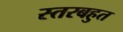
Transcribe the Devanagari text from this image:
स्तरबहुत